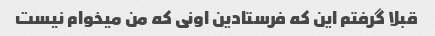
قبلا گرفتم این که فرستادین اونی که من میخوام نیست